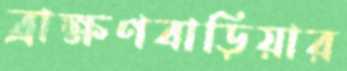
ব্রাক্ষণবাড়িয়ার